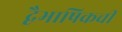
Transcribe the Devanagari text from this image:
द्वैभाषिकची